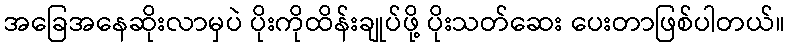
အခြေအနေဆိုးလာမှပဲ ပိုးကိုထိန်းချုပ်ဖို့ ပိုးသတ်ဆေး ပေးတာဖြစ်ပါတယ်။